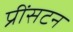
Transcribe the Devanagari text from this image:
प्रींसटन